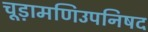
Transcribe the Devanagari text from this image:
चूड़ामणिउपनिषद